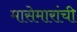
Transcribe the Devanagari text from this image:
मासेमारांची